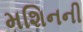
મશિનની